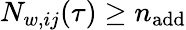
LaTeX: N_{w,ij}(\tau)\ge n_{\mathrm{add}}